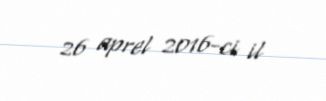
26 aprel 2016-ci il